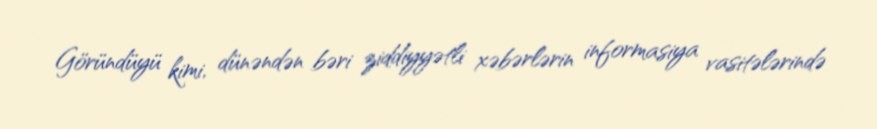
Göründüyü kimi, dünəndən bəri ziddiyyətli xəbərlərin informasiya vasitələrində